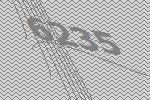
6235